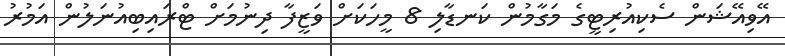
އޭވިއޭޝަން ސެކިއުރިޓީގެ މަގާމުން ކަނޑާލި 8 މީހަކަށް ވަޒީފާ ދިނުމަށް ޓްރައިބިއުނަލުން އަމުރު